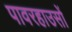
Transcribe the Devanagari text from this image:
पावरहाउसों